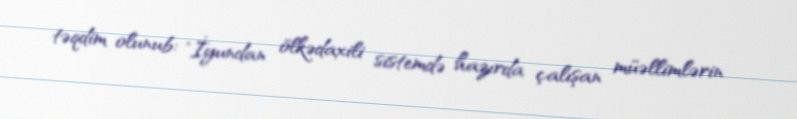
təqdim olunub: "İyundan ölkədaxili sistemdə hazırda çalışan müəllimlərin